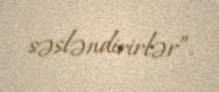
səsləndirirlər”.